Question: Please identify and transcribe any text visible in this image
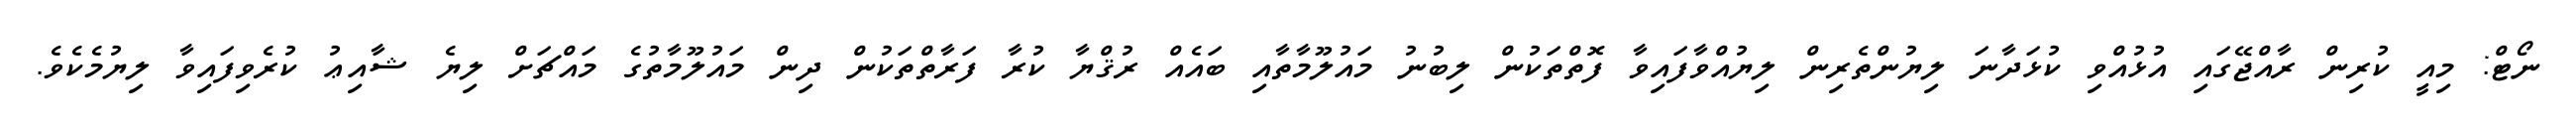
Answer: ނޯޓް: މިއީ ކުރިން ރާއްޖޭގައި އުޅުއްވި ކުޅަދާނަ ލިޔުންތެރިން ލިޔުއްވާފައިވާ ފޮތްތަކުން ލިބުނު މައުލޫމާތާއި ބައެއް ރުޤްޔާ ކުރާ ފަރާތްތަކުން ދިން މައުލޫމާތުގެ މައްޗަށް ލިޔެ ޝާއިޢު ކުރެވިފައިވާ ލިޔުމެކެވެ.